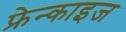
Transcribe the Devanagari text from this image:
फ्रेन्‍काइज